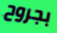
بجروح